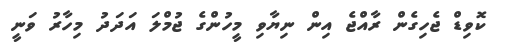
ކޮވިޑް ޖެހިގެން ރާއްޖެ އިން ނިޔާވި މީހުންގެ ޖުމްލަ އަދަދު މިހާރު ވަނީ